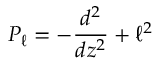
P _ { \ell } = - { \frac { d ^ { 2 } } { d z ^ { 2 } } } + \ell ^ { 2 }